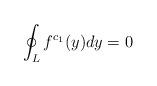
LaTeX: \begin{align*}\oint_{L} f^{c_{1}}(y) dy = 0\end{align*}